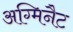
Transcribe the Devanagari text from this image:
अग्मिनैट